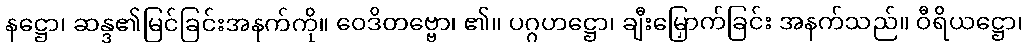
နဋ္ဌော၊ ဆန္ဒ၏မြင်ခြင်းအနက်ကို။ ဝေဒိတဗ္ဗော၊ ၏။ ပဂ္ဂဟဋ္ဌော၊ ချီးမြှောက်ခြင်း အနက်သည်။ ဝီရိယဋ္ဌော၊